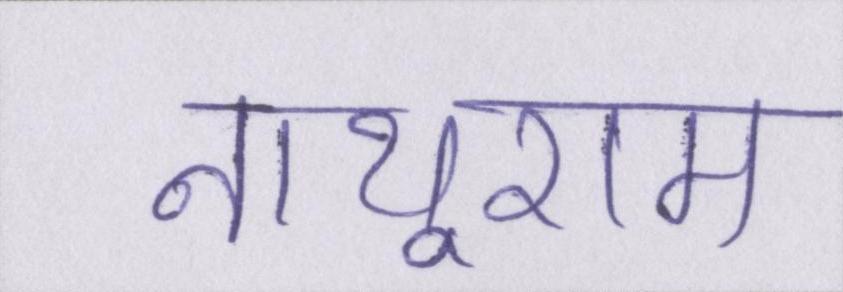
नाथूराम